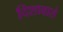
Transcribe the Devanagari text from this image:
दिशावाले